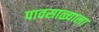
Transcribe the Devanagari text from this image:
पावसाळ्याला